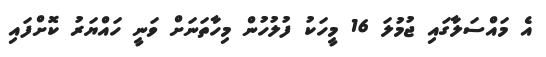
އެ މައްސަލާގައި ޖުމުލަ 16 މީހަކު ފުލުހުން މިހާތަނަށް ވަނީ ހައްޔަރު ކޮށްފައި